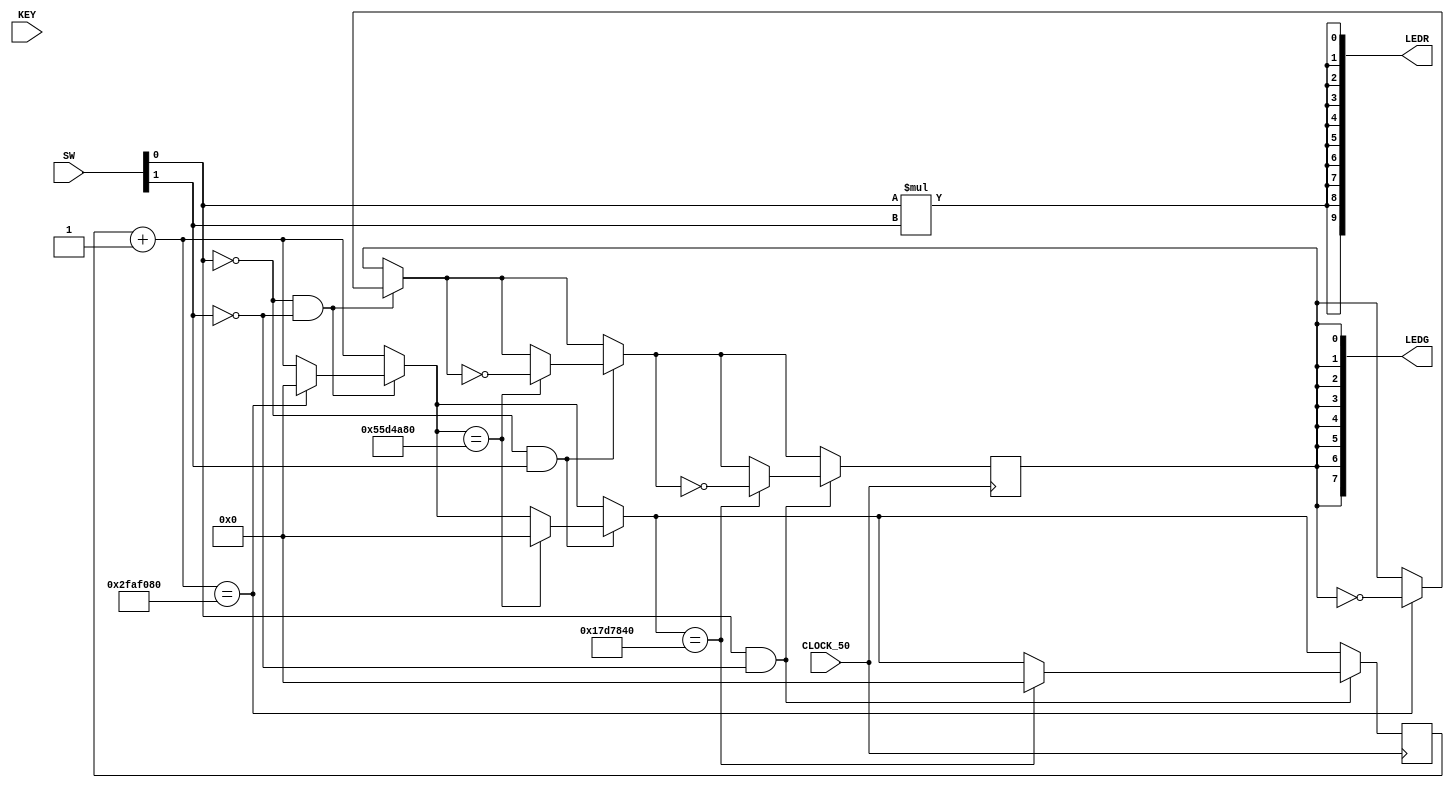
module piscaleds(
input CLOCK_50, 
input [3:0] KEY, 
input [9:0] SW,
output [7:0]LEDG,
output [9:0]LEDR
);

//assign LEDG = KEY;
//assign LEDR = SW;

reg [27:0] contador = 0;
reg l = 0;

assign LEDG[0] = l;
assign LEDG[1] = l;
assign LEDG[2] = l;
assign LEDG[3] = l;
assign LEDG[4] = l;
assign LEDG[5] = l;
assign LEDG[6] = l;
assign LEDG[7] = l;

assign LEDR[0] = SW[0] * SW[1];
assign LEDR[1] = SW[0] * SW[1];
assign LEDR[2] = SW[0] * SW[1];
assign LEDR[3] = SW[0] * SW[1];
assign LEDR[4] = SW[0] * SW[1];
assign LEDR[5] = SW[0] * SW[1];
assign LEDR[6] = SW[0] * SW[1];
assign LEDR[7] = SW[0] * SW[1];
assign LEDR[8] = SW[0] * SW[1];
assign LEDR[9] = SW[0] * SW[1];


always @(posedge CLOCK_50) begin
    contador = contador + 1;
    if(SW[0] == 0 && SW[1] == 0) begin
        if(contador == 50000000) begin
        contador = 0;
        l = ~l;
        end
    end
    if(SW[0] ==0 && SW[1]==1) begin
        if(contador == 90000000)begin
        contador = 0;
        l = ~l; 
        end
    end
    if(SW[0] == 1 && SW[1]==0) begin
        if(contador == 25000000)begin
        contador = 0;
        l = ~l; 
        end
    end
end


endmodule